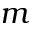
m